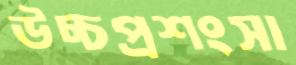
উচ্চপ্রশংসা